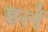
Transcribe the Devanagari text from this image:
इर्ले